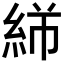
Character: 𬗓